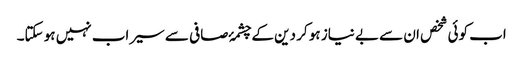
اب کوئی شخص ان سے بے نیاز ہو کر دین کے چشمۂ صافی سے سیراب نہیں ہو سکتا۔